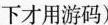
下才用游码)